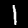
Label: 1